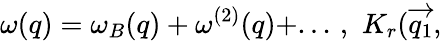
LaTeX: \omega(q)=\omega_{B}(q)+\omega^{(2)}(q)+...\, ,\, \, K_{r}(\overrightarrow{q_{1}},